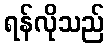
ရန်လိုသည်